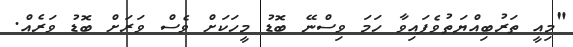
"މިއީ ތަރުބިއްޔަތުވެފައިވާ ހަމަ ވިސްނޭ ބޮޑު މީހަކަށް ވެސް ވަރަށް ބޮޑު ވަރެއް.